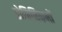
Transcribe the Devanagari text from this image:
डोमिनिकनों